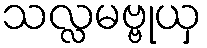
သလ္လမဗ္ဗုယှ